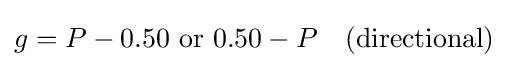
g=P-0.50{\text{ or }}0.50-P\quad ({\text{directional}})